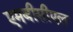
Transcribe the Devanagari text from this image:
एमबीसीएल